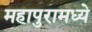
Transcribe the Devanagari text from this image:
महापुरामध्ये